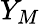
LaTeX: Y_{M}